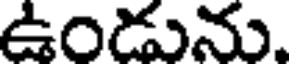
ఉండును.